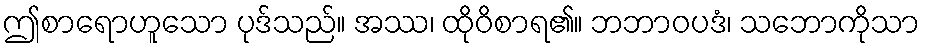
ဤစာရောဟူသော ပုဒ်သည်။ အဿ၊ ထိုဝိစာရ၏။ ဘဘာဝပဒံ၊ သဘောကိုသာ